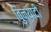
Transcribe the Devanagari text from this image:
बुिनयादी